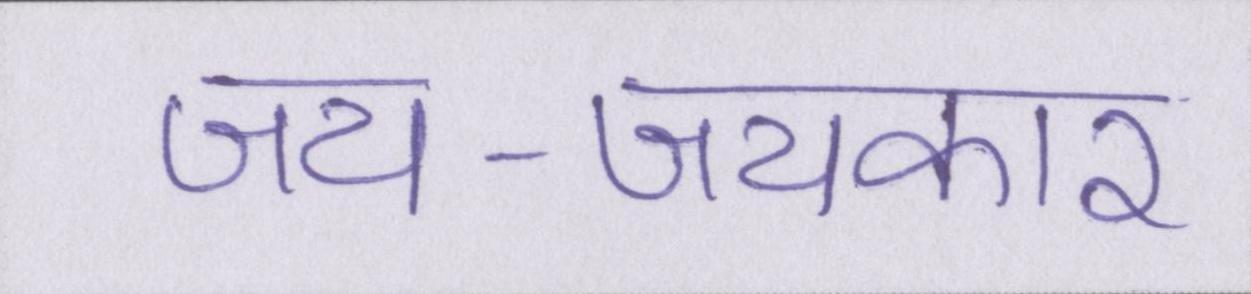
जय-जयकार